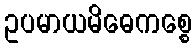
ဥပမာယမိဓေကစ္စေ